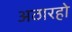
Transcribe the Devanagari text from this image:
अठारहो